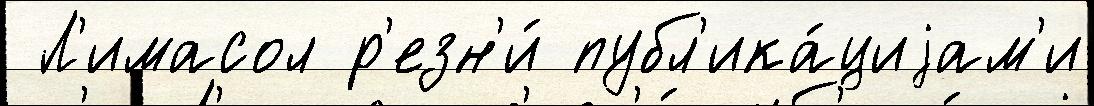
 Л'имасол р'езн'и́ публ'ика́циjам'и